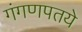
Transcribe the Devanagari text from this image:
गंगणपतये